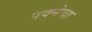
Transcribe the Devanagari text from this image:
पवनेचा